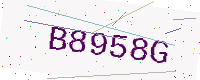
Text: B8958G